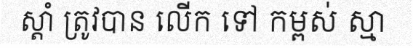
ស្តាំ ត្រូវបាន លើក ទៅ កម្ពស់ ស្មា